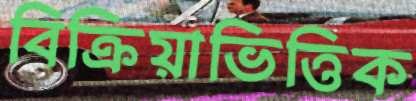
বিক্রিয়াভিত্তিক